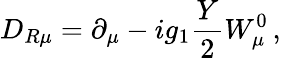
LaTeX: D_{R\mu}=\partial_{\mu}-ig_{1}\frac{Y}{2}W_{\mu}^{0}\, ,